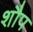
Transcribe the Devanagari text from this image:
शौप